Eesti_Vabariigi_Tartu_Ulikool, lk 12
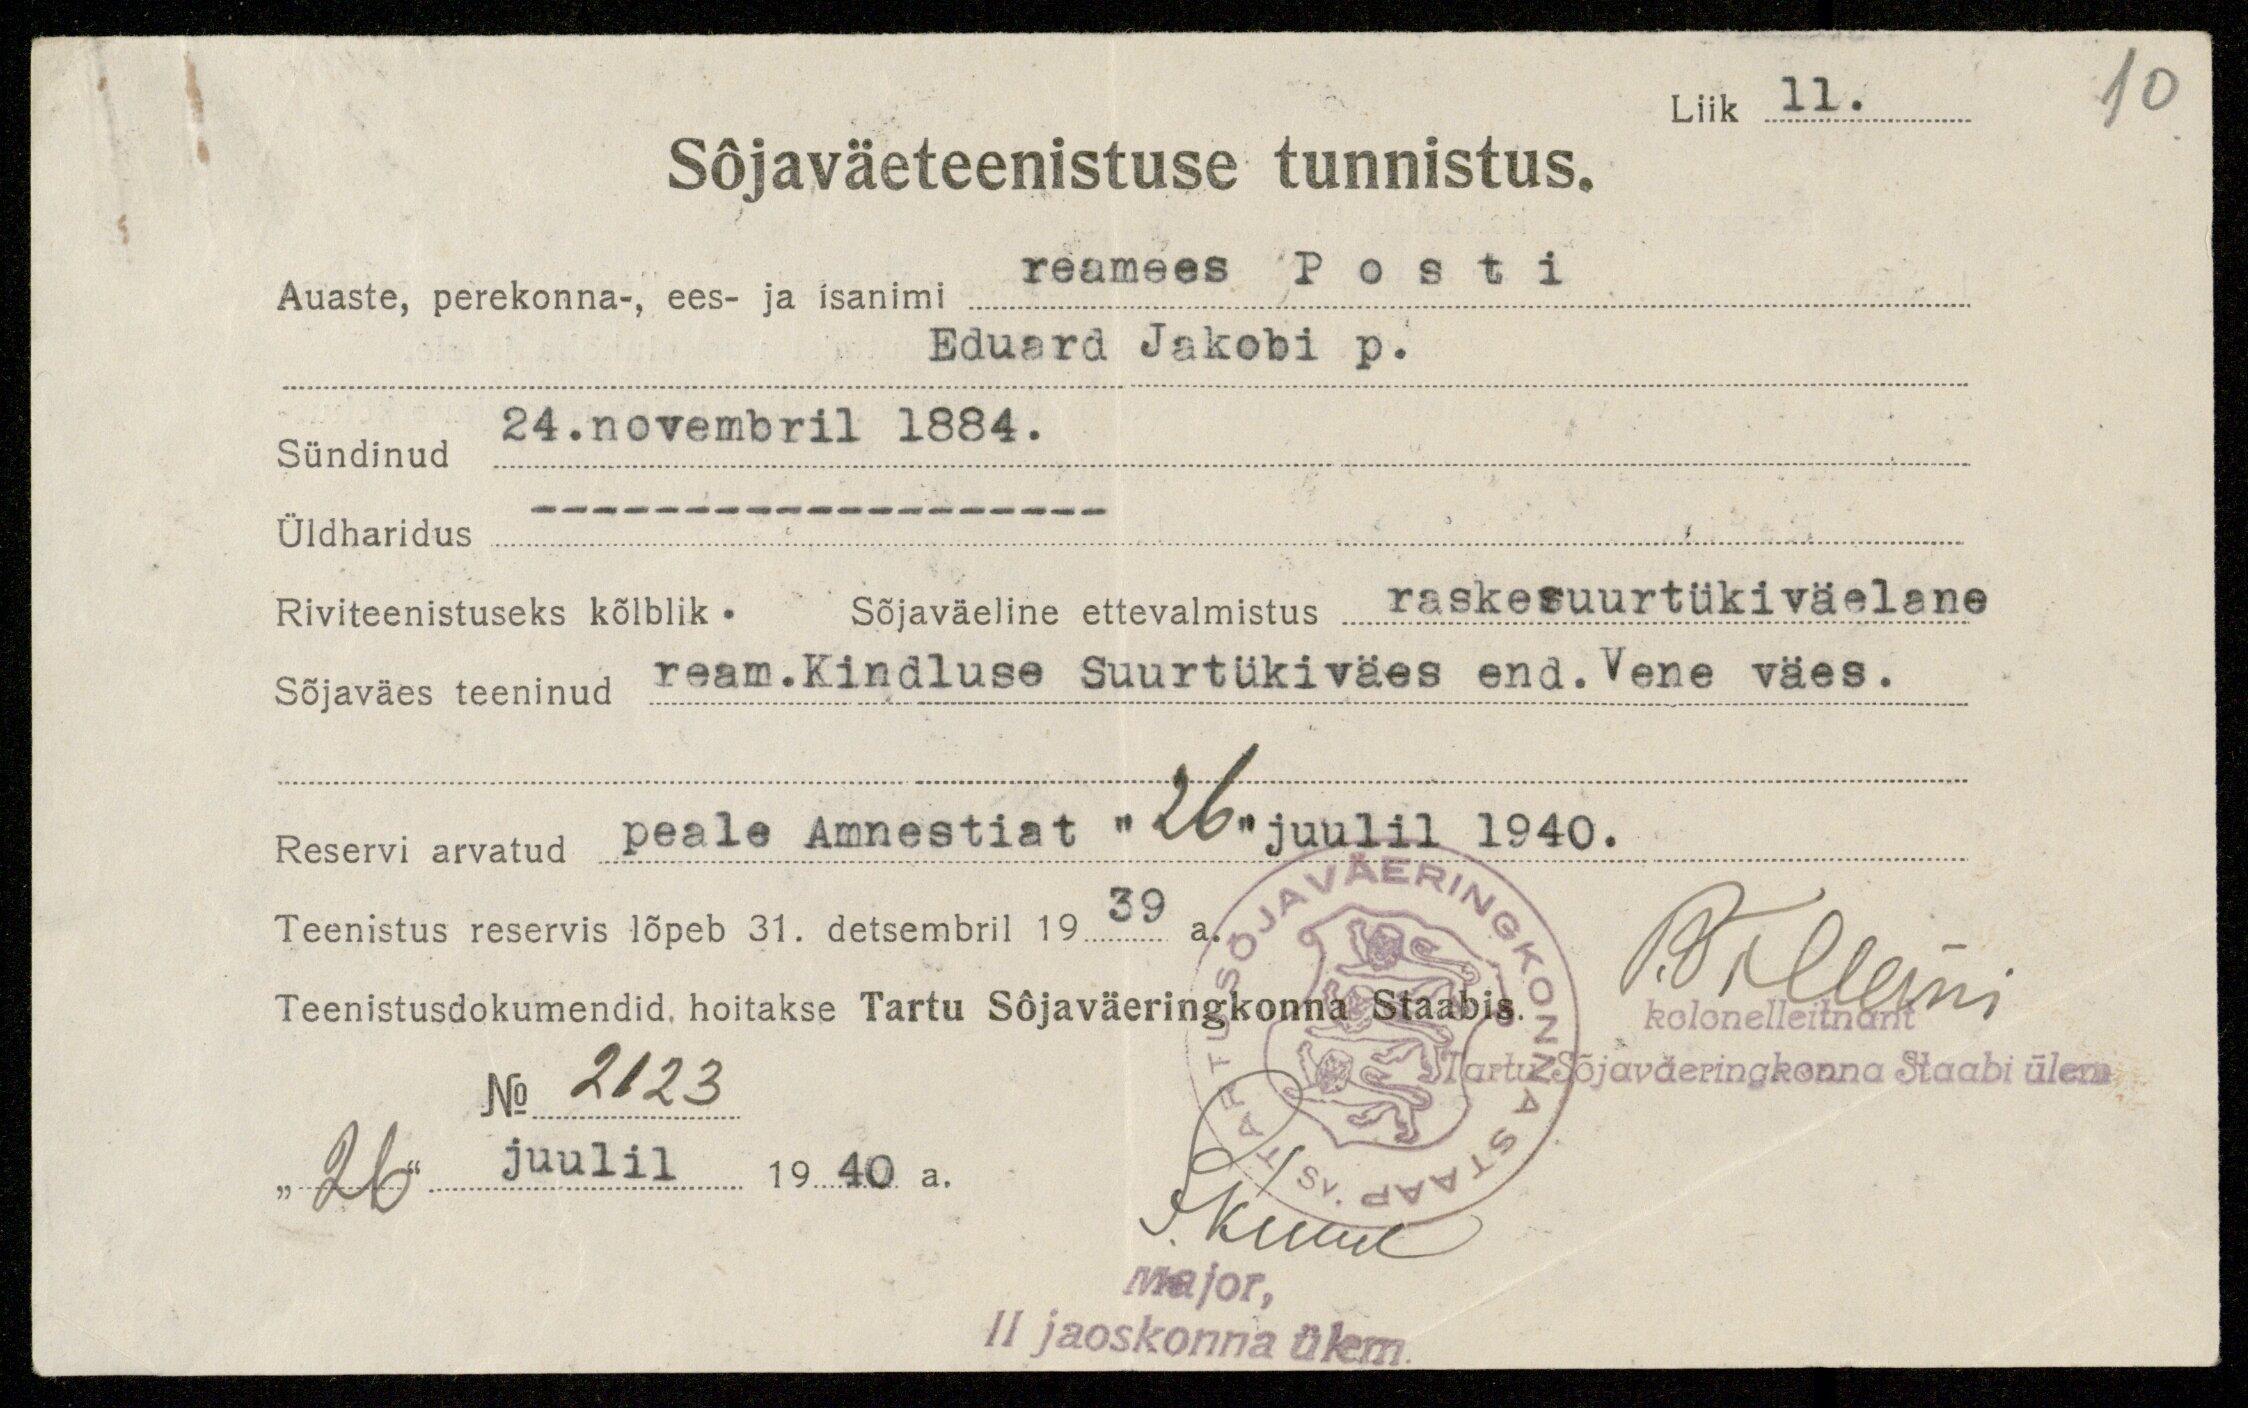
Liik 11.
10
Sõjaväeteenistuse tunnistus.
Auaste, perekonna-, ees- ja isanimi reamees Posti
Eduard Jakobi p.
Sündinud 24. novembril 1884.
Üldharidus---
Riviteenistuseks kõlblik. Sõjaväeline ettevalmistus raskesuurtükiväelane
Sõjaväes teeninud ream. Kindluse Suurtükiväes end. Vene väes.
Reservi arvatud peale Amnestiat "26" juulil 1940.
Teenistus reservis lõpeb 31. detsembril 1939.
Põllani
Teenistusdokumendid hoitakse Tartu Sõjaväeringkonna Staabis.
kolonelleitnant
Tartu Sõjaväeringkonna Staabi ülem.
No 2123.
"26" juulil 1940 a.
Ikustus
Major,
II jaoskonna ülem